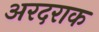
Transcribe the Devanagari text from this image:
अरदराक